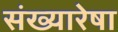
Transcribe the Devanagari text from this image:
संख्यारेषा